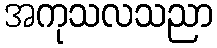
အကုသလသညာ